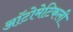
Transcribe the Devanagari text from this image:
ऑटोमेटिकली